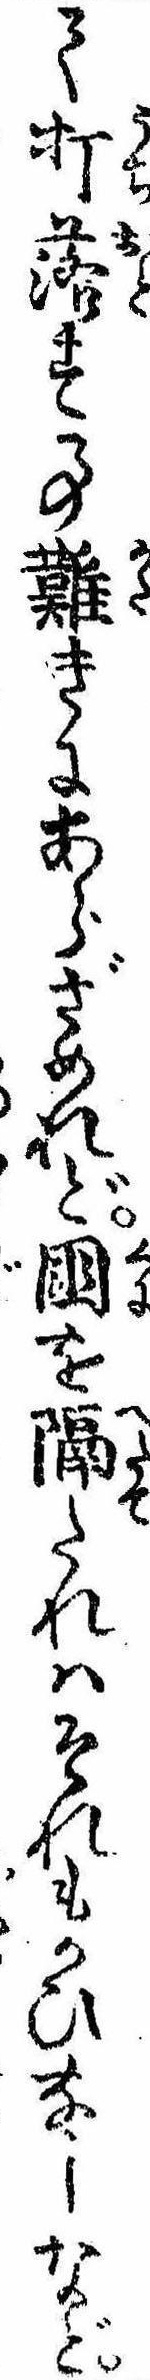
て打落す事難きにあらざめれど国を隔たれはそれもかひなしなど